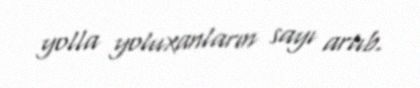
yolla yoluxanların sayı artıb.